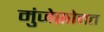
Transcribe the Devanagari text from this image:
मुंजेसोबत